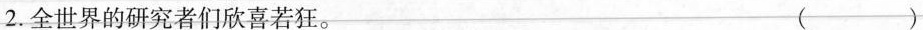
2.全世界的研究者们欣喜若狂。 （）